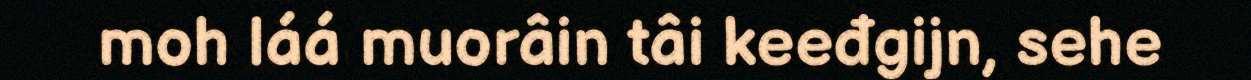
moh láá muorâin tâi keeđgijn, sehe